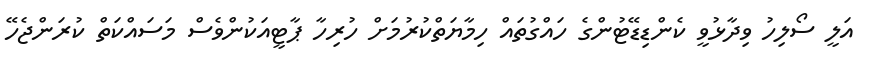
އަލީ ސޯލިހު ވިދާޅުވީ ކެންޑިޑޭޓުންގެ ހައްގުތައް ހިމާޔަތްކުރުމަށް ހުރިހާ ޕާޓީއަކުންވެސް މަސައްކަތް ކުރަންޖެހޭ